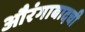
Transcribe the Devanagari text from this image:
औरंगाबादची